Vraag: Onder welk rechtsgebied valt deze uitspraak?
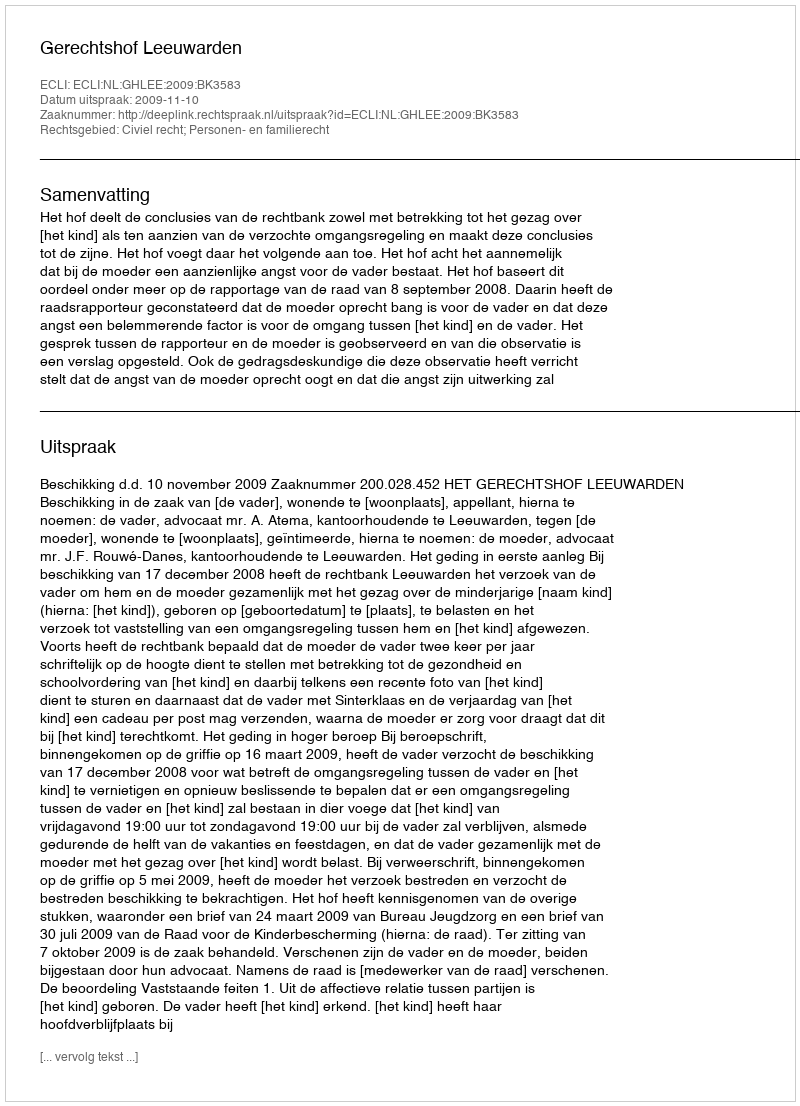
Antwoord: Civiel recht; Personen- en familierecht